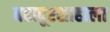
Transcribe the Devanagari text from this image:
बहादूरशाहाला